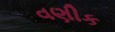
વણીક